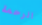
الرحمة